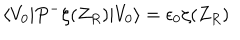
\langle V _ { 0 } \vert P ^ { - } \zeta ( Z _ { R } ) \vert V _ { 0 } \rangle = \epsilon _ { 0 } \zeta ( Z _ { R } )